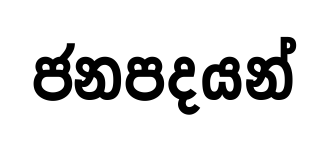
ජනපදයන්